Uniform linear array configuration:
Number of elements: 64
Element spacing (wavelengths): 0.5
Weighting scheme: blackman
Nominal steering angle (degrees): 15
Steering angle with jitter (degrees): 13.448
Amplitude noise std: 0.05
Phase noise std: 0.05

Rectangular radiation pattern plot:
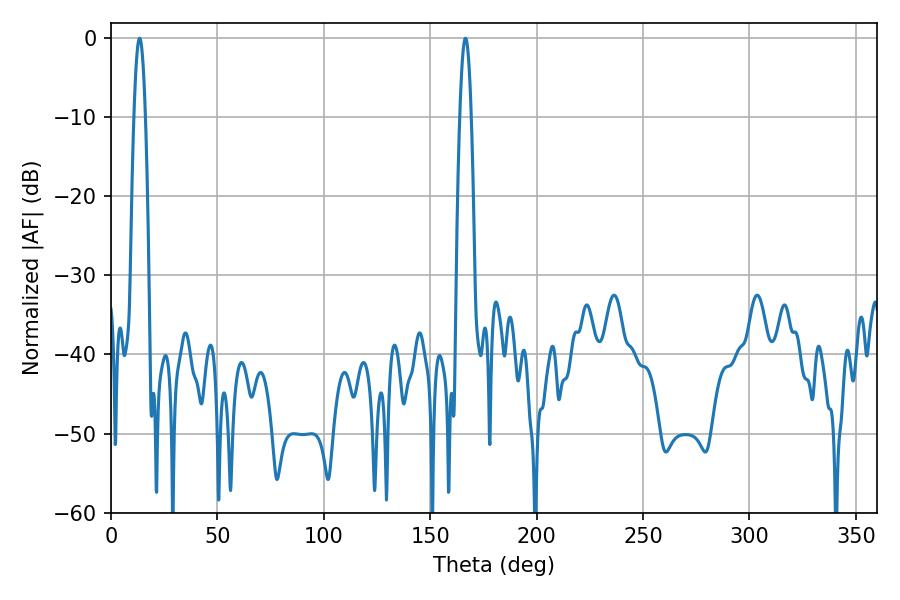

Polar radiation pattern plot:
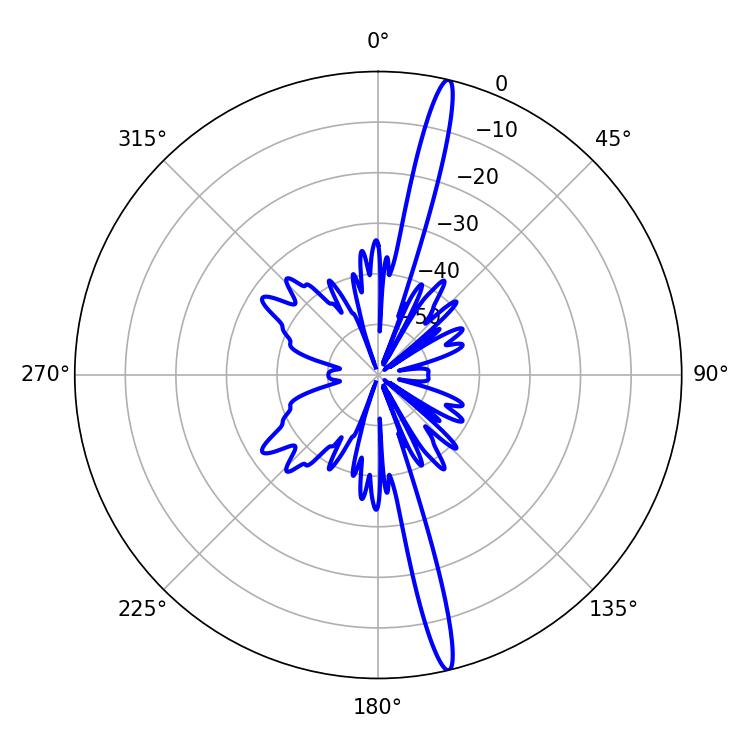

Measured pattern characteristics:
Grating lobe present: FALSE
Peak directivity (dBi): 18.856
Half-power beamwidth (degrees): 2.88
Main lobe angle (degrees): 13.5